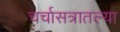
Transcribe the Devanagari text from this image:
चर्चासत्रातल्या